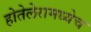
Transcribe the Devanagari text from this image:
होतेलेरामध्येच